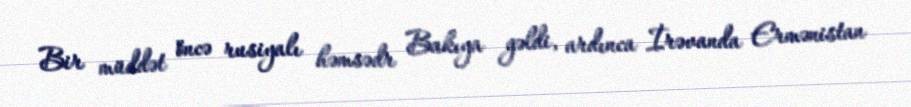
Bir müddət öncə rusiyalı həmsədr Bakıya gəldi, ardınca İrəvanda Ermənistan